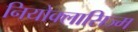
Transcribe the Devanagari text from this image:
नियोक्लासिज्म